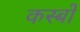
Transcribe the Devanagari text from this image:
कस्‍बों